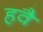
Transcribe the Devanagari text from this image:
हवै